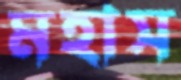
মহাস